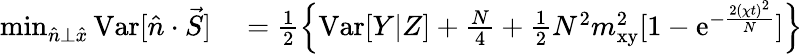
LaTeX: \begin{array}{rl}{\operatorname*{min}_{\hat{n}\bot\hat{x}}{\mathrm{Var}[\hat{n}\cdot\vec{S}]}}&{{}=\frac{1}{2}\left\{ \mathrm{Var}[Y|Z]+\frac{N}{4}+\frac{1}{2}N^{2}m_{\mathrm{xy}}^{2}[1-\mathrm{e}^{-\frac{2(\chi t)^{2}}{N}}]\right\} }\end{array}